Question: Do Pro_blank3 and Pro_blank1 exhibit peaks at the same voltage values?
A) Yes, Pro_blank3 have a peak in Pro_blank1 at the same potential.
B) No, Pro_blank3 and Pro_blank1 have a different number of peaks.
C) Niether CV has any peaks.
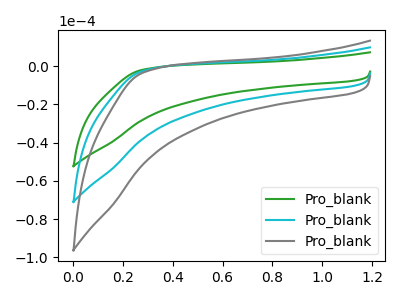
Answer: <think>The green curve "Pro_blank1" has no peaks. The cyan curve "Pro_blank2" has no peaks. The gray curve "Pro_blank3" has no peaks.</think>
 <answer>C) Niether CV has any peaks.</answer>
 <eval>C</eval>